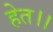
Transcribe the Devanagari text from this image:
हेत।।